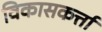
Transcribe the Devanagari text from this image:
विकासकर्त्ता